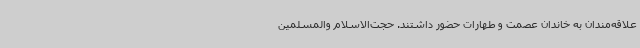
علاقه‌مندان به خاندان عصمت و طهارات حضور داشتند. حجت‌الاسلام والمسلمین